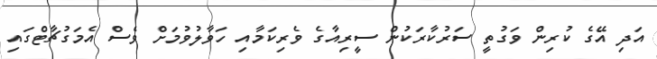
އަދި އޭގެ ކުރިން ވަގުތީ ސަރުކާރަކުން ސީރިއާގެ ވެރިކަމާއި ހަވާލުވުމަށް ވެސް އެމަގުޗާޓްގައި